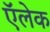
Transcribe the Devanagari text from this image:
ऍलेक